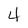
Character: 4